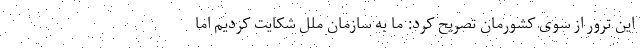
این ترور از سوی کشورمان تصریح کرد: ما به سازمان ملل شکایت کردیم اما